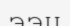
ээц